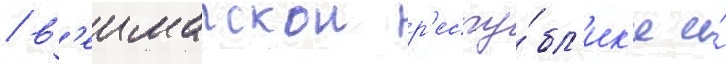
/ в'еимарскои р'еспу́бл'ик'е и́